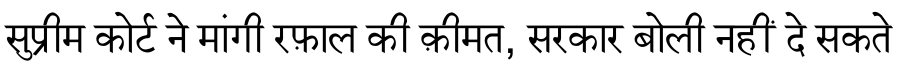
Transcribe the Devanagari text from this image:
सुप्रीम कोर्ट ने मांगी रफ़ाल की क़ीमत, सरकार बोली नहीं दे सकते